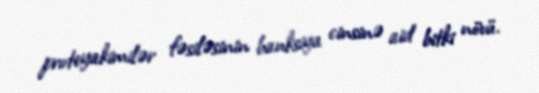
proteyakimilər fəsiləsinin banksiya cinsinə aid bitki növü.